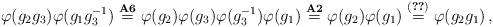
LaTeX: \begin{align*} \varphi (g_2 g_3) \varphi (g_1 g^{-1}_3) \overset{{\bf A6}}{=} \varphi (g_2) \varphi (g_3) \varphi (g^{-1}_3) \varphi (g_1) \overset{{\bf A2}}{=} \varphi (g_2) \varphi (g_1) \overset{(\ref{eq:anti3})}{=} \varphi (g_2 g_1) \,,\end{align*}